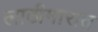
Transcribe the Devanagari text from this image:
लाठीमारात